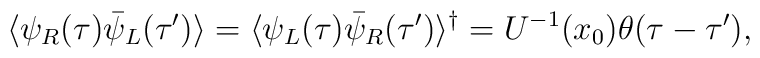
\langle\psi_R (\tau) \bar\psi_L(\tau')\rangle =\langle\psi_L (\tau) \bar\psi_R(\tau')\rangle^\dagger = U^{-1} (x_0) \theta(\tau - \tau'),